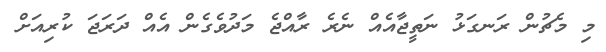
މި މެޗުން ރަނގަޅު ނަތީޖާއެއް ނެރެ ރާއްޖެ މަދުވެގެން އެއް ދަރަޖަ ކުރިއަށް